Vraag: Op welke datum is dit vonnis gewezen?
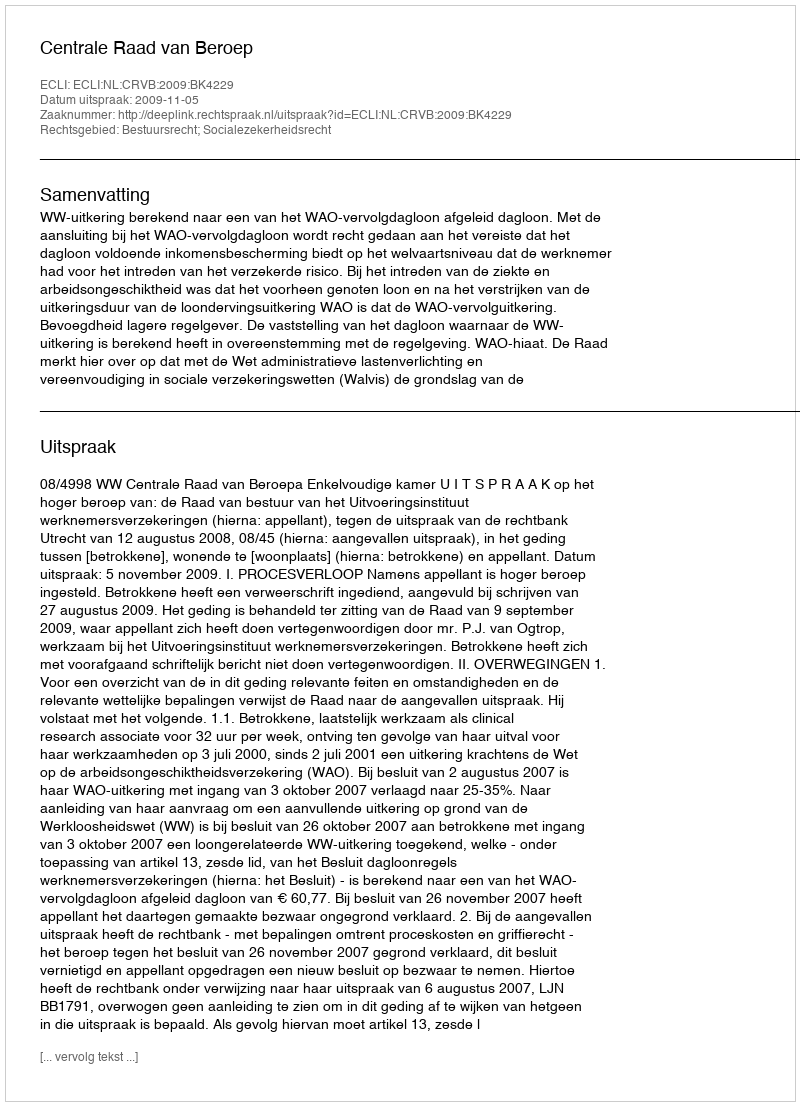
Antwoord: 2009-11-05